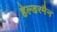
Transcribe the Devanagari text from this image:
हेल्डरमैन